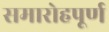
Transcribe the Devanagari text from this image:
समारोहपूर्ण